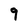
Character: 9